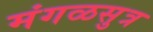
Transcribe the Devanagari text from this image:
मंगळसुत्र